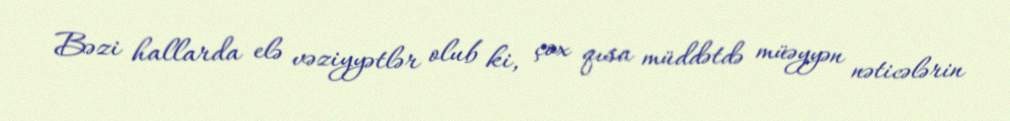
Bəzi hallarda elə vəziyyətlər olub ki, çox qısa müddətdə müəyyən nəticələrin